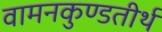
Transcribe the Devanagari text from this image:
वामनकुण्डतीर्थ